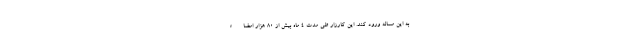
به این مساله ورود کند. این کارزار طی مدت ۴ ماه بیش از ۸۰ هزار امضاء